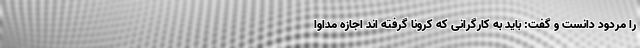
را مردود دانست و گفت: باید به کارگرانی که کرونا گرفته اند اجازه مداوا